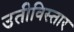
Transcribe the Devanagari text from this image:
उतीविस्तार